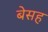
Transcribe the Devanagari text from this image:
बेसह